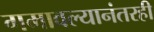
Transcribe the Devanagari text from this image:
गमावल्यानंतरही